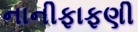
નાનીફાફણી